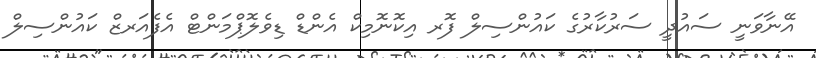
އޭނާވަނީ ސައުދީ ސަރުކާރުގެ ކައުންސިލް ފޮރ އިކޮނޮމިކް އެންޑް ޑިވެލޮޕްމަންޓް އެފެއަރޒް ކައުންސިލް